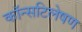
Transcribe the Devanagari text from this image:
कॉन्सटिलेषण